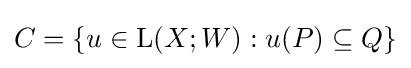
C=\{u\in \operatorname {L} (X;W):u(P)\subseteq Q\}